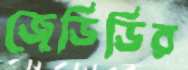
জেডিডির